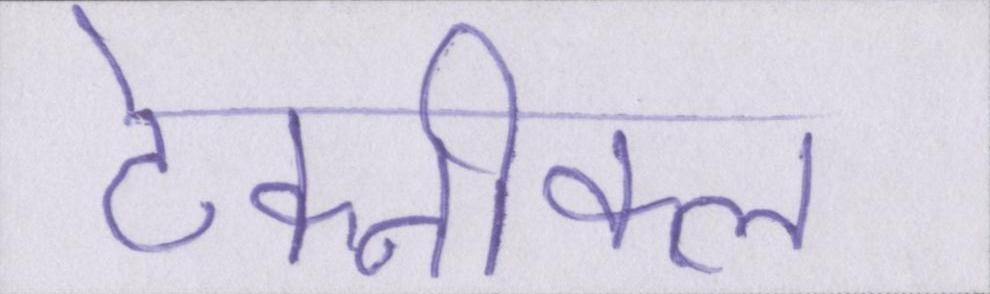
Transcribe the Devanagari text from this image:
टेक्नीकल